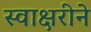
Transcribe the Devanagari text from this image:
स्वाक्षरीने